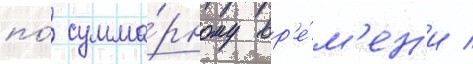
по́ сумма́рному вр'е́м'ен'и /